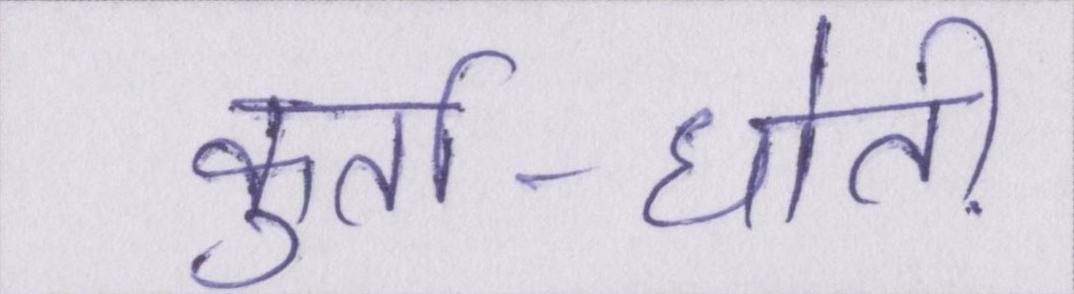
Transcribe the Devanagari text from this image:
कुर्ता-धोती